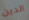
الدين